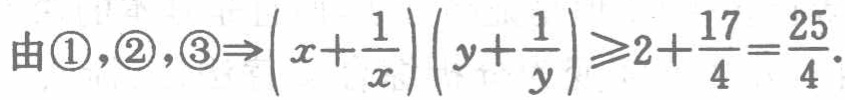
由\textcircled{1},\textcircled{2},\textcircled{3}$\Rightarrow\left(x + \dfrac{1}{x}\right)\left(y + \dfrac{1}{y}\right)\geqslant 2+\dfrac{17}{4}=\dfrac{25}{4}$.